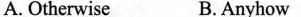
A. Otherwise B. Anyhow